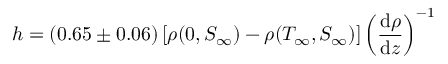
h = ( 0 . 6 5 \pm 0 . 0 6 ) \left[ \rho ( 0 , S _ { \infty } ) - \rho ( T _ { \infty } , S _ { \infty } ) \right] \left( \frac { \mathrm { d } \rho } { \mathrm { d } z } \right) ^ { - 1 }